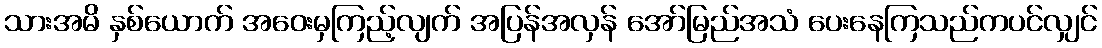
သားအမိ နှစ်ယောက် အဝေးမှကြည့်လျက် အပြန်အလှန် အော်မြည်အသံ ပေးနေကြသည်ကပင်လျှင်